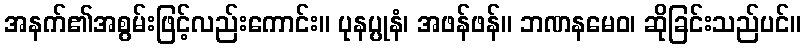
အနက်၏အစွမ်းဖြင့်လည်းကောင်း။ ပုနပ္ပုနံ၊ အဖန်ဖန်။ ဘဏနမေဝ၊ ဆိုခြင်းသည်ပင်။